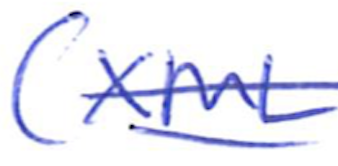
Text: (XML
Cross-out: double-line
Writing tool: ballpoint